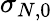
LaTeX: \sigma_{N,0}